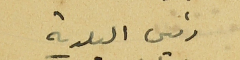
رئيس البلدية